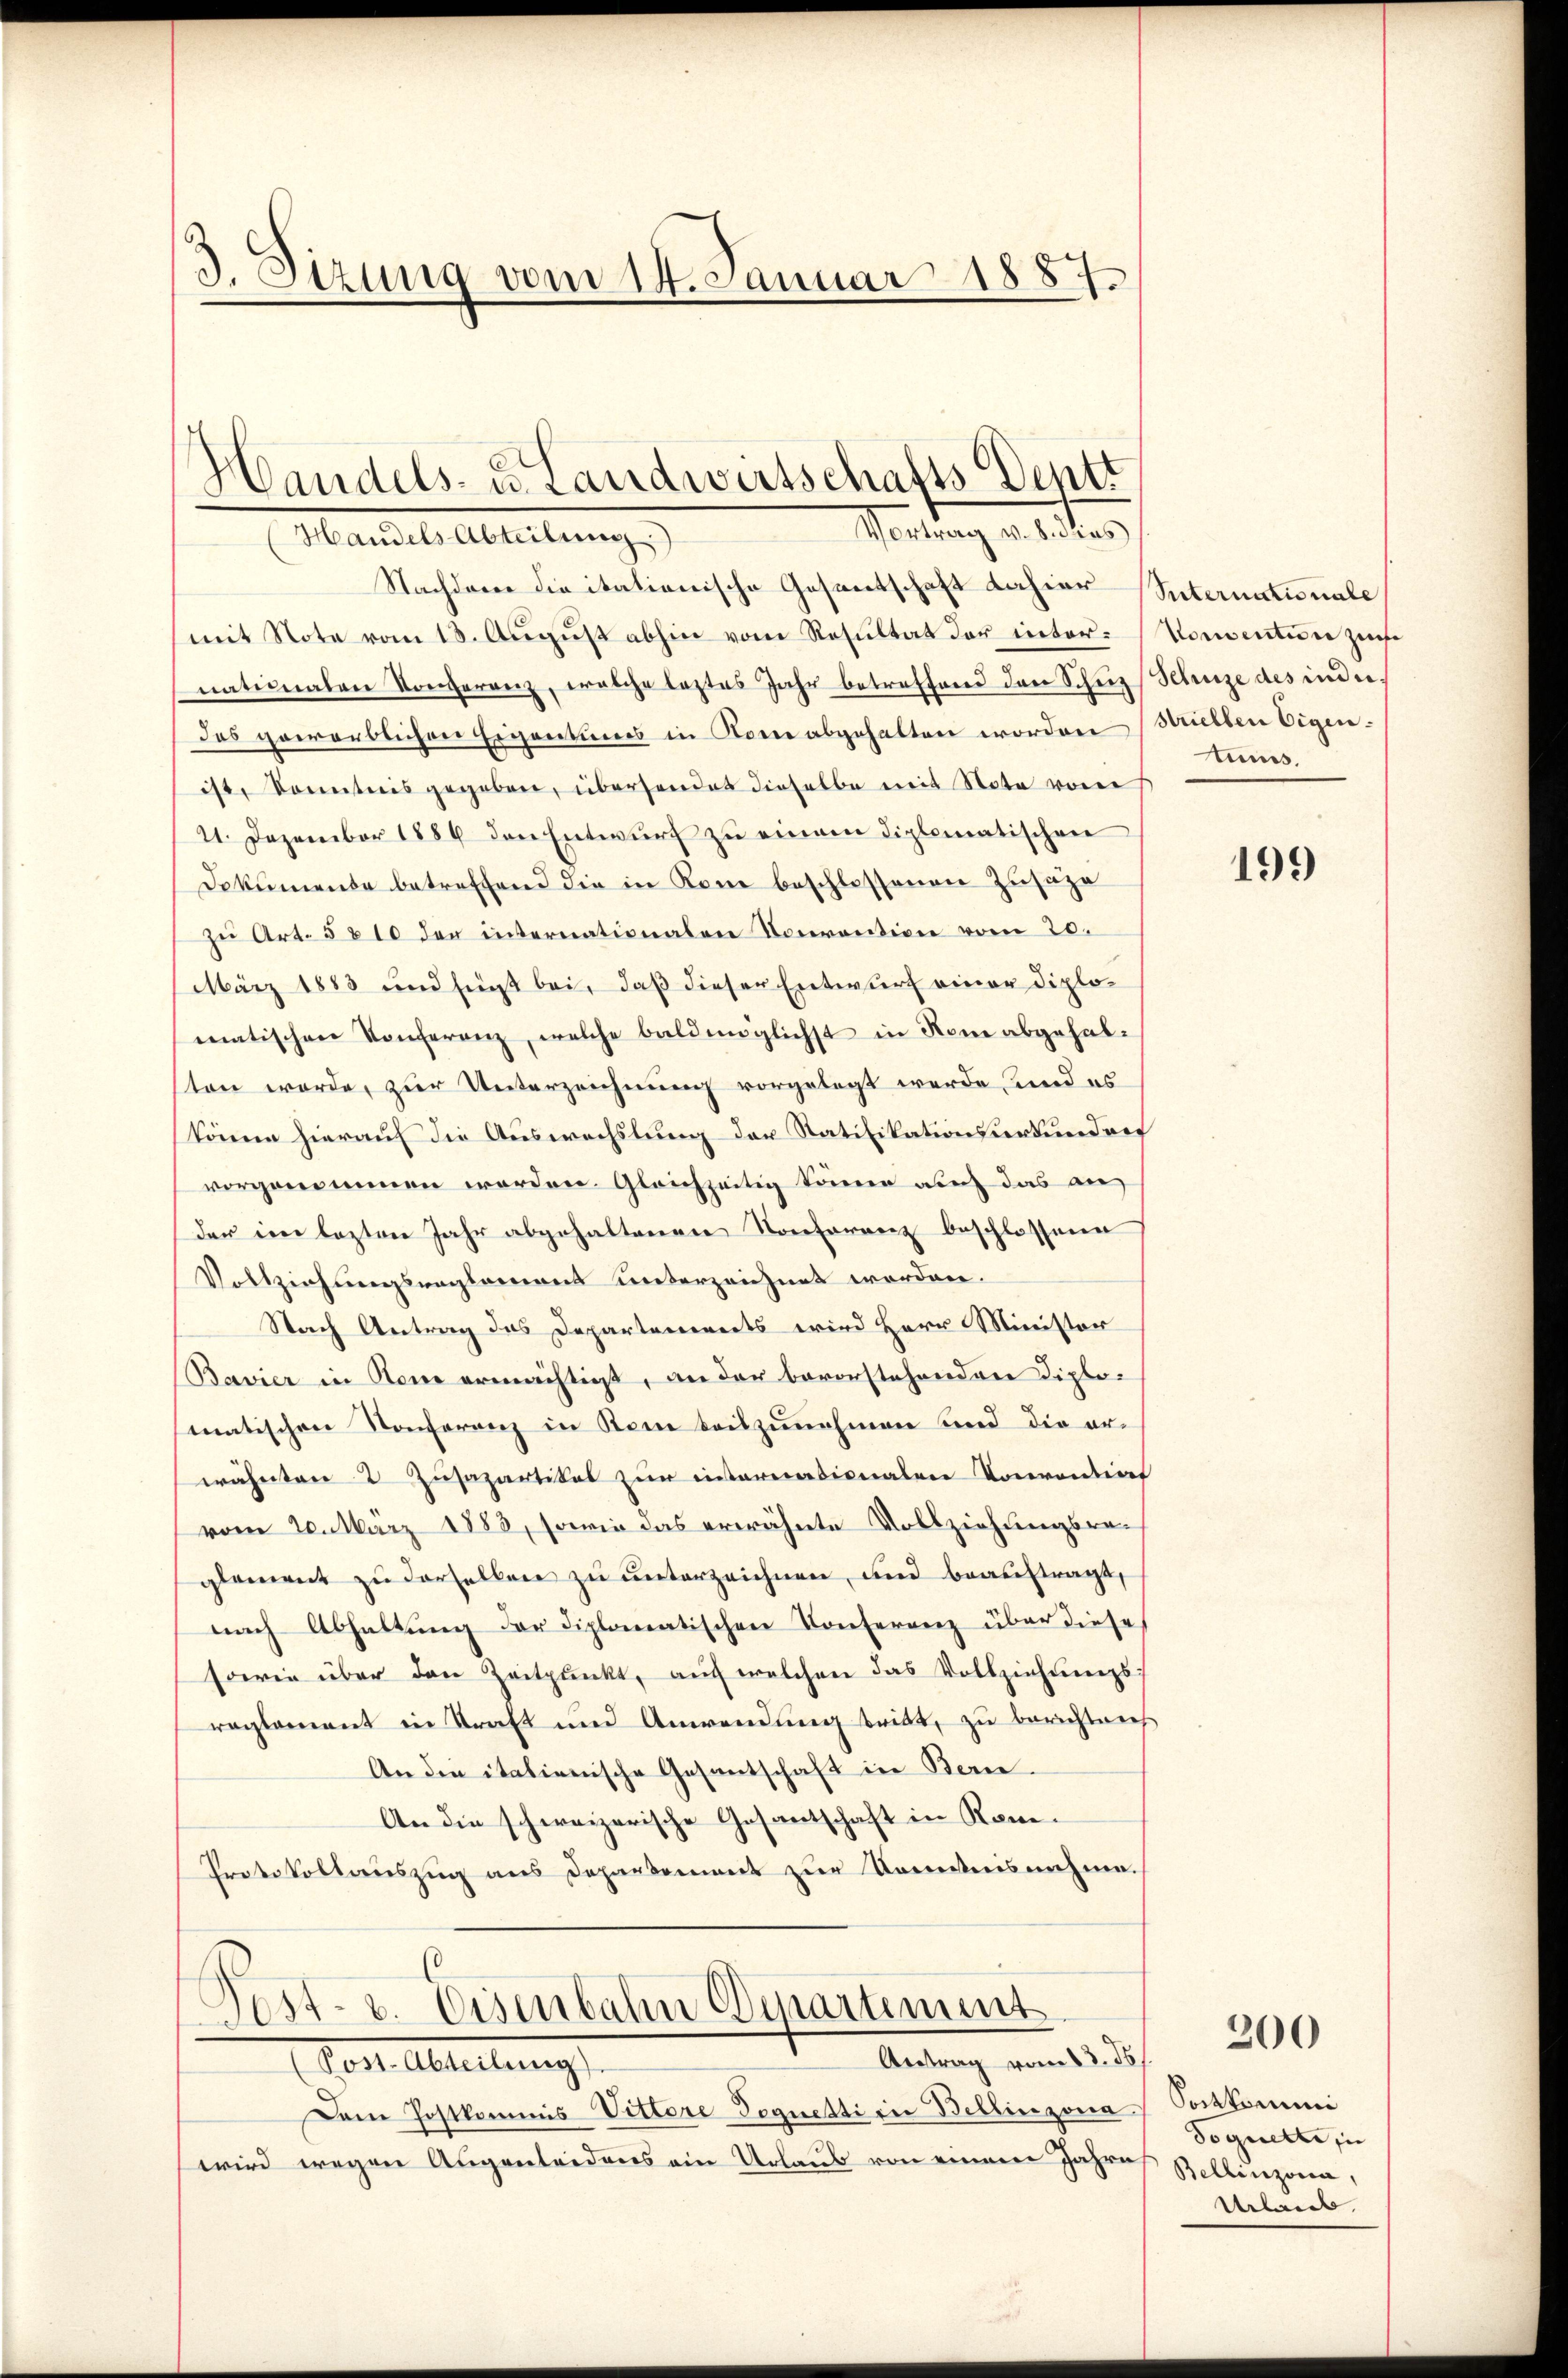
d. Sizung vom 14. Januar 1887

Nachdeme die italionische Gesantschaft dahier
mit Note vom 13. August abhin vom Resultat der internaturalen Konferenz, welche leztes Jahr betreffend den Schut
das gewerblichen Eigentums in Kone abgehalten worden
ist, Sonntnis gegeben, überhandet dieselbe mit Note von
21. Dezember 1889 den Entwurf zu einem diplomatischen
Dokumente betreffend die in Kon beschlossenen Zusage
zu Art. 5810 der internationalen Konvention vom 20.
März 1883 und fügt bei, daß dieser Entwurf einer Diplomatischen Konferenz, welche baldmöglichst in Rom abgehalten werde, zur Unterzeichnung vorgelegt werde, und es
könne hierauf die Auswechslung der Ratifikationsurkunden
vorgenommen worden. Gleichseitig könne auch das an
der im lezten Jahr abgehaltenen Konferenz beschlossene
Vollziehungsreglement unterzeichnet worden.
Stach Antrag das Departements wird Herr Ministor
Bavier in Rome ermächtigt, an der bevorstehenden Diplomatischen Konferenz in Rone beilzunehmen und die erwähnten 2 Zusapartikel zur internationalen Vorrondirt
vom 20. März 1883, sowie das erwähnte Vollziehungsraglement zu derselben zu unterzeichnen, und beauftragt,
nach Abhaltung der diplomatischen Conferenz über diese
sowie über den Zeitpunkt, aŭf welchen das Vollziehŭngs-
reglement in Straft und Anwendung tritt, zu berichtens
An den italienische Gesantschaft in Bern
An die schweizerische Gesantschaft in Kon¬
Protokollauszug aus Departement zur Kenntnisnehme.
s
Post- u. Eisenbahn Departement
Antrag vom 13. ds.
Dose Abteilung
Dem Postkommis-Vittore Poquetti in Bellinzona.
wird wegen Augenleidens ein Urlaus von einem Jahre

Handels- u. Landwirtschafts Deptt
Vertrag v. 8. dies
Handels Abteilung

Suternationale
Vorention zum
Schreize des inder
striellen Eigentums.

199

200

Sockkommni
Soguette in
Bellinzona,
Urlaub